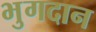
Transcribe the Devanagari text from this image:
भुगदान